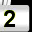
Digit: 2